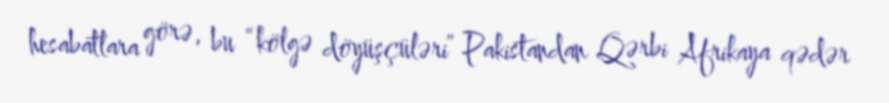
hesabatlara görə, bu “kölgə döyüşçüləri” Pakistandan Qərbi Afrikaya qədər